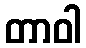
တာဝါ